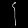
Digit: ၄